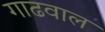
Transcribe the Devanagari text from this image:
गाढवाल